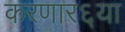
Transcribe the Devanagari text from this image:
करणार६या